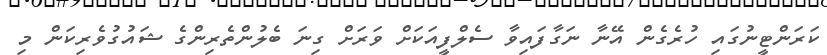
ކަރަންޓީނުގައި ހުރެގެން އޭނާ ނަގާފައިވާ ސެލްފީއަކަށް ވަރަށް ގިނަ ބެލުންތެރިންގެ ޝައުގުވެރިކަން މި